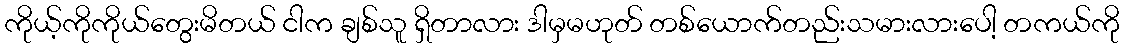
ကိုယ့်ကိုကိုယ်တွေးမိတယ် ငါက ချစ်သူ ရှိတာလား ဒါမှမဟုတ် တစ်ယောက်တည်းသမားလားပေါ့ တကယ်ကို